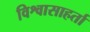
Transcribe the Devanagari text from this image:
विश्वासाहर्ता